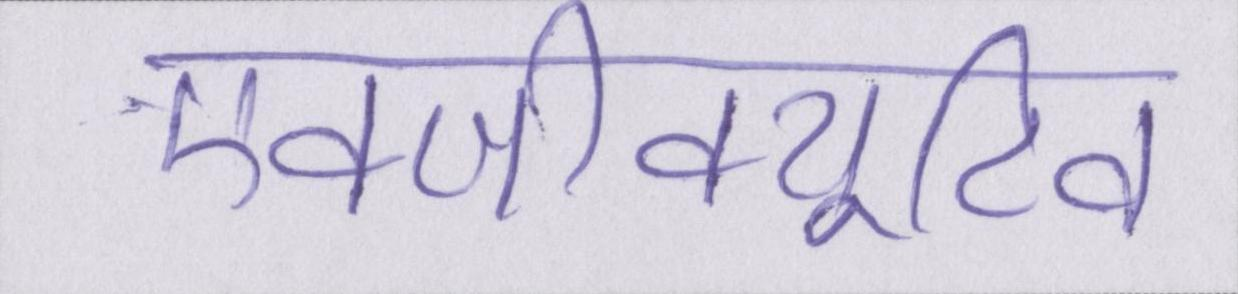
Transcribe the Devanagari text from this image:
एक्जीक्यूटिव